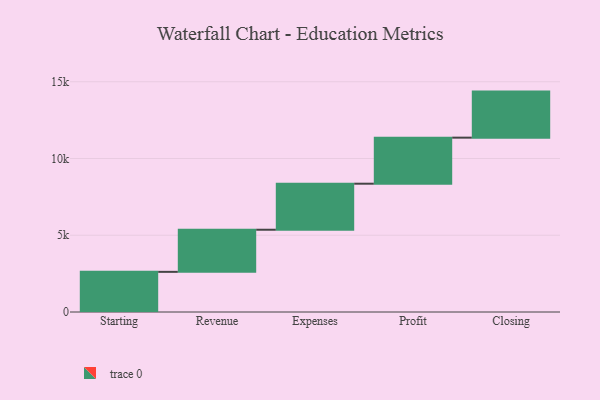
{"axis": {"x": "Step", "y": "Value"}, "legend": [""], "data": [{"x": "Starting", "y": 2616.0, "type": ""}, {"x": "Revenue", "y": 2743.0, "type": ""}, {"x": "Expenses", "y": 3000, "type": ""}, {"x": "Profit", "y": 3000, "type": ""}, {"x": "Closing", "y": 3000, "type": ""}]}